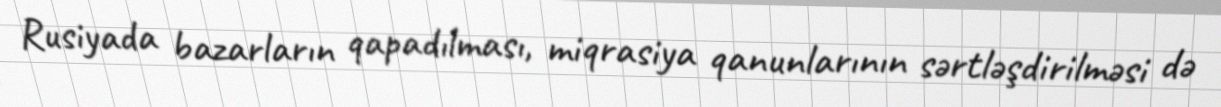
Rusiyada bazarların qapadılması, miqrasiya qanunlarının sərtləşdirilməsi də